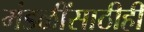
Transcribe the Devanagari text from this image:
मंडळींसाठीही